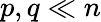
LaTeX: p,q\ll n